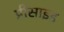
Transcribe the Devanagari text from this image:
प्रीसाइड